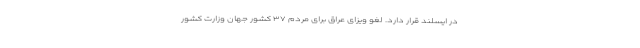
در ایسلند قرار دارد. لغو ویزای عراق برای مردم ۳۷ کشور جهان وزارت کشور